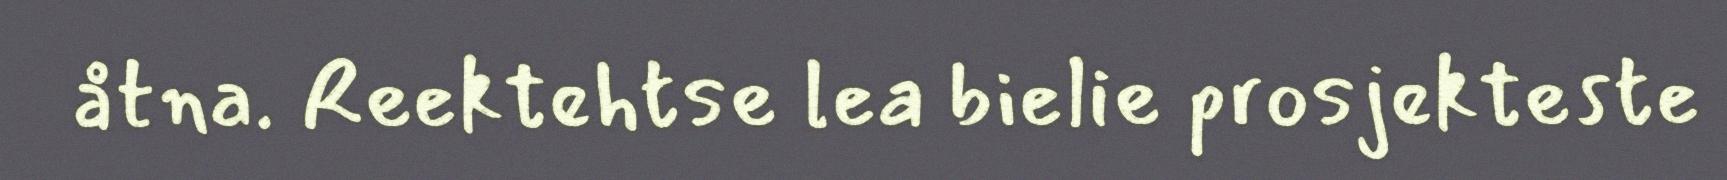
åtna. Reektehtse lea bielie prosjekteste